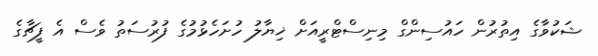
ޝަކުވާގެ އިތުރުން ހައުސިންގް މިނިސްޓްރީއަށް ޚިޔާލު ހުށަހެޅުމުގެ ފުރުސަތު ވެސް އެ ފީޗާގެ